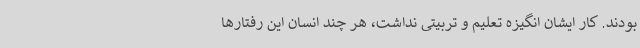
بودند. کار ایشان انگیزه تعلیم و تربیتی نداشت، هر چند انسان این رفتارها